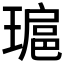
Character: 𤨖